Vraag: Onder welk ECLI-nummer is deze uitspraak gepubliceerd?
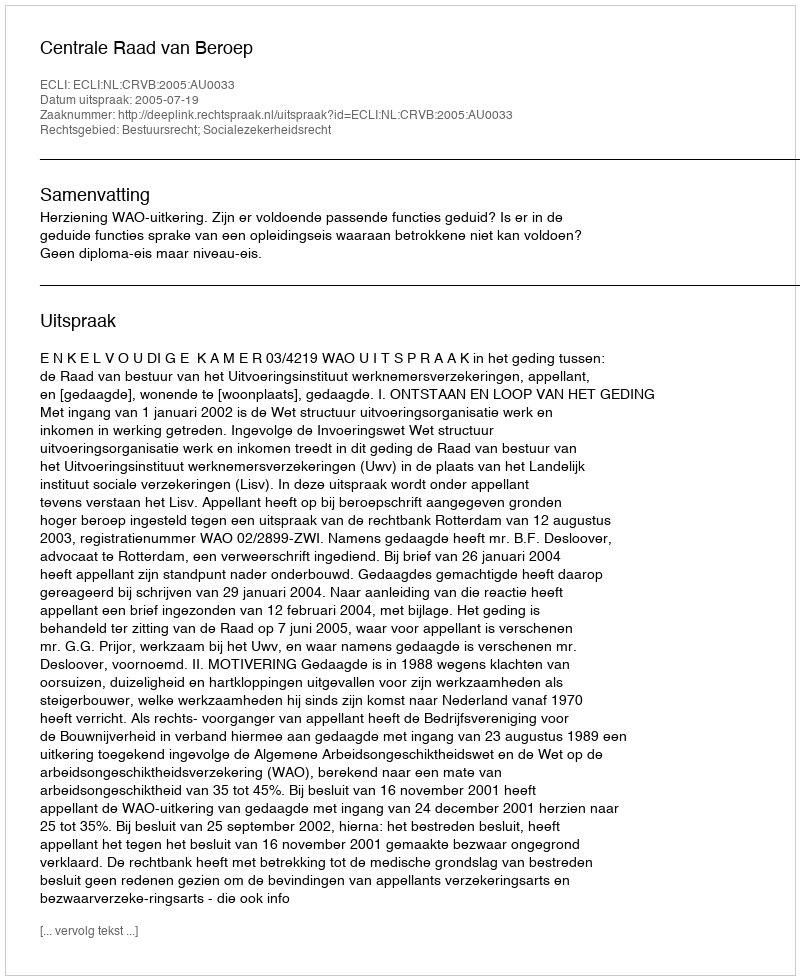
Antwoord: ECLI:NL:CRVB:2005:AU0033